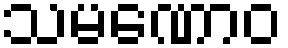
သမဏောဝ